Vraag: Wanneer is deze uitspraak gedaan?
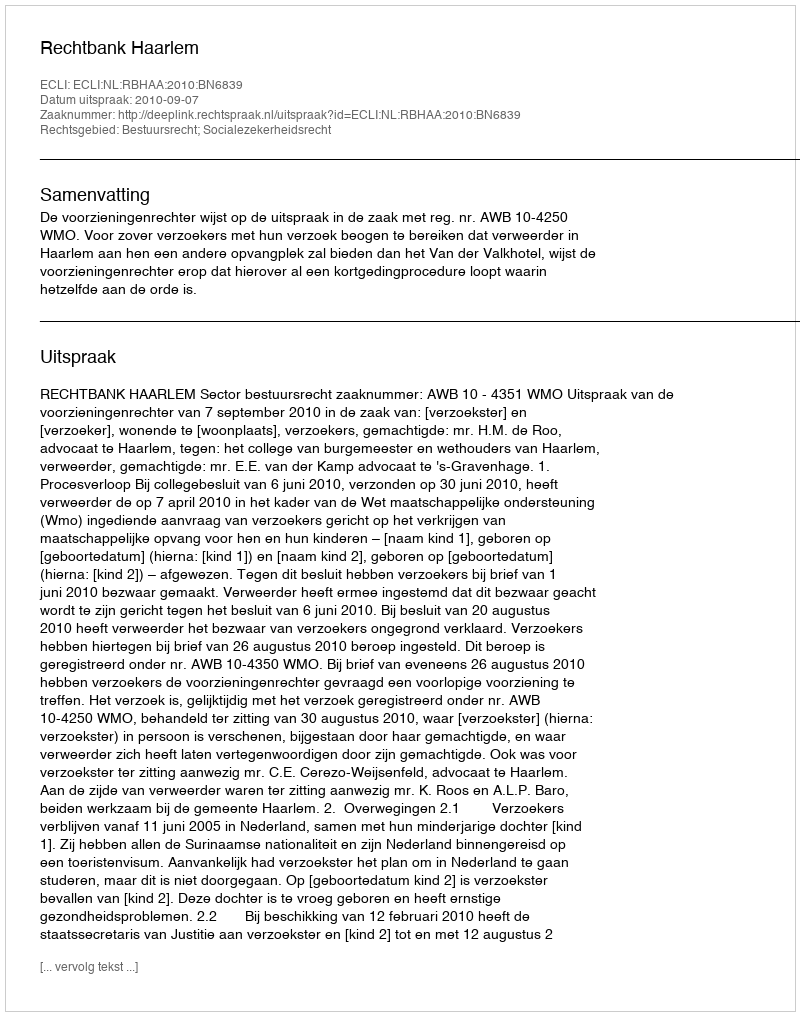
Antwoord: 2010-09-07